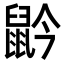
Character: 䶃